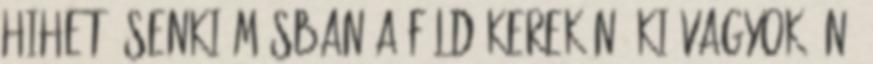
hihet, senki másban a föld kerekén. Ki vagyok én?